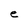
Character: e